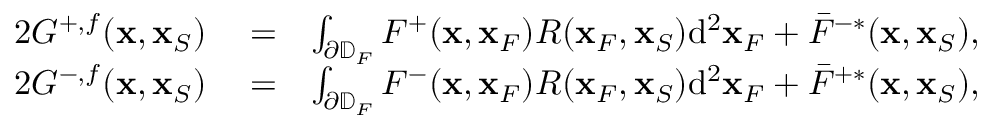
\begin{array} { r l r } { 2 G ^ { + , f } ( { \bf x } , { \bf x } _ { S } ) } & { { } = } & { \int _ { \partial \mathbb { D } _ { F } } F ^ { + } ( { \bf x } , { \bf x } _ { F } ) R ( { \bf x } _ { F } , { \bf x } _ { S } ) \mathrm { d } ^ { 2 } { \bf x } _ { F } + \bar { F } ^ { - * } ( { \bf x } , { \bf x } _ { S } ) , } \\ { 2 G ^ { - , f } ( { \bf x } , { \bf x } _ { S } ) } & { { } = } & { \int _ { \partial \mathbb { D } _ { F } } F ^ { - } ( { \bf x } , { \bf x } _ { F } ) R ( { \bf x } _ { F } , { \bf x } _ { S } ) \mathrm { d } ^ { 2 } { \bf x } _ { F } + \bar { F } ^ { + * } ( { \bf x } , { \bf x } _ { S } ) , } \end{array}